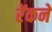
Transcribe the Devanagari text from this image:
रेंकने